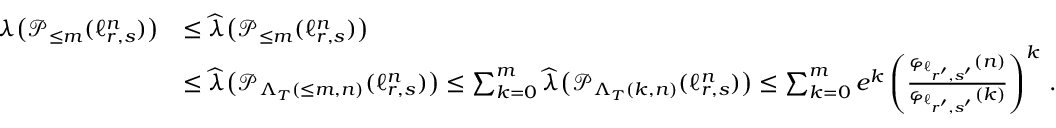
\begin{array} { r l } { \boldsymbol { \lambda } \big ( \mathcal { P } _ { \leq m } ( \ell _ { r , s } ^ { n } ) \big ) } & { \leq \boldsymbol { \widehat { \lambda } } \big ( \mathcal { P } _ { \leq m } ( \ell _ { r , s } ^ { n } ) \big ) } \\ & { \leq \boldsymbol { \widehat { \lambda } } \big ( \mathcal { P } _ { \Lambda _ { T } ( \leq m , n ) } ( \ell _ { r , s } ^ { n } ) \big ) \leq \sum _ { k = 0 } ^ { m } \boldsymbol { \widehat { \lambda } } \big ( \mathcal { P } _ { \Lambda _ { T } ( k , n ) } ( \ell _ { r , s } ^ { n } ) \big ) \leq \sum _ { k = 0 } ^ { m } e ^ { k } \left( \frac { \varphi _ { \ell _ { r ^ { \prime } , s ^ { \prime } } } ( n ) } { \varphi _ { \ell _ { r ^ { \prime } , s ^ { \prime } } } ( k ) } \right) ^ { k } \, . } \end{array}